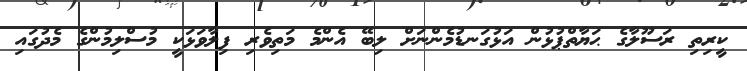
ކީރިތި ރަސޫލާގެ ޙަޔާތްޕުޅުން އަޅުގަނޑުމެންނަށް ލިބޭ އެންމެ މަތިވެރި ފިލާވަޅަކީ މުސްލިމުންގެ މެދުގައި